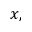
x ,